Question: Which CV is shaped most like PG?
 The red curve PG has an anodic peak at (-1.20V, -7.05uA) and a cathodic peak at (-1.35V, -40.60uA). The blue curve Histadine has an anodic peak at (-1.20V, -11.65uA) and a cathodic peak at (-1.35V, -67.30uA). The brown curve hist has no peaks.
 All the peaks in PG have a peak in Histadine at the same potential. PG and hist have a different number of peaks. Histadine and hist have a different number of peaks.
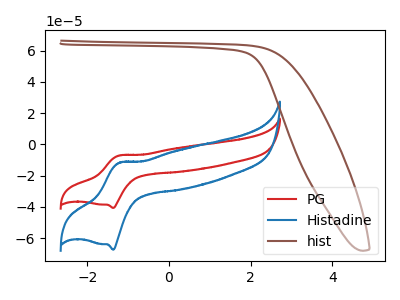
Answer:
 <answer>The CV with the most similar shape to "Histadine" is "PG".</answer>
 <eval>"PG"</eval>